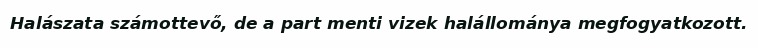
Halászata számottevő, de a part menti vizek halállománya megfogyatkozott.